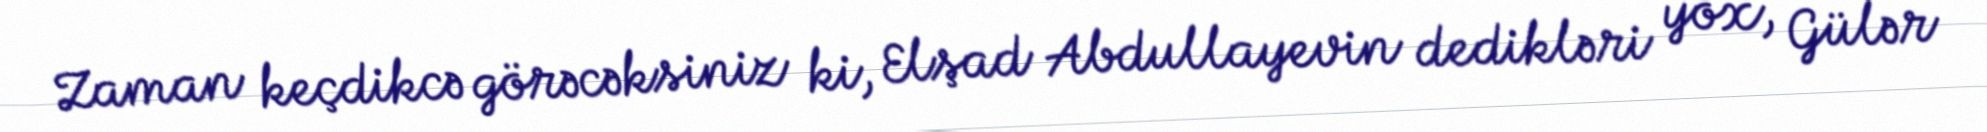
Zaman keçdikcə görəcəksiniz ki, Elşad Abdullayevin dedikləri yox, Gülər